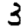
Digit: 3